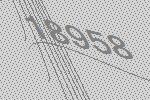
18958